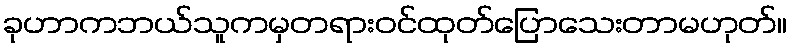
ခုဟာကဘယ်သူကမှတရားဝင်ထုတ်ပြောသေးတာမဟုတ်။